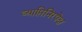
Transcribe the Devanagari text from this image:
व्याप्तिनिरपेक्ष